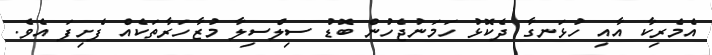
އެމެރިކާ އާއި ހުޅަނގާ ދެކޮޅު ހަމަނުޖެހުން ބޮޑު ސިލްސިލާ މުޒާހަރާތަކެއް ފެށިފަ އެވެ.